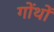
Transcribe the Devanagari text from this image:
गोंथों